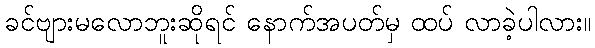
ခင်ဗျားမလောဘူးဆိုရင် နောက်အပတ်မှ ထပ် လာခဲ့ပါလား။